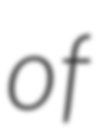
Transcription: of